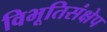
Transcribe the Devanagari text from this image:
विभूतिसंक्षेप